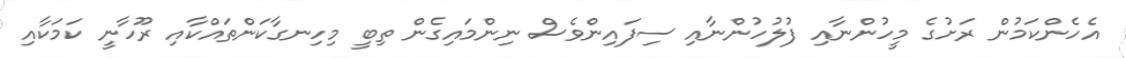
އެހެންކަމުން ރަށުގެ މީހުންނާއި ފުލުހުންނާއި ސިފައިންވެސް ނިންމައިގެން ތިބީ މިހިނގާކަންތައްކާއި ރޫހާނީ ކަމަކާއި